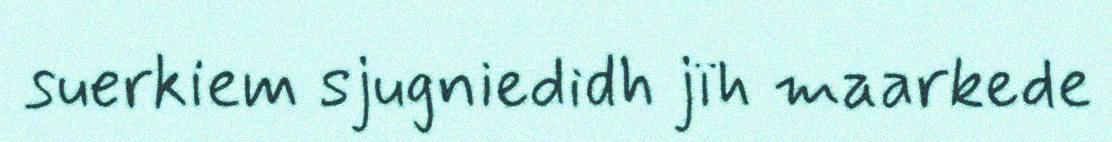
suerkiem sjugniedidh jïh maarkede